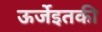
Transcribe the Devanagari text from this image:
ऊर्जेइतकी